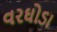
વરઘોડા